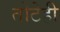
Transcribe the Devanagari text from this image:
तोटेही